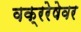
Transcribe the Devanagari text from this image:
वक्ररेषेवर